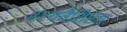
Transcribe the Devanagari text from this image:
दृश्यवैशिष्टय़